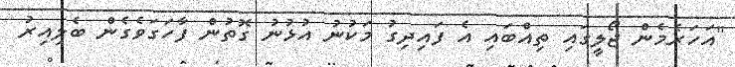
"އަހަރެމެން ޖޯލީގައި ތިއްބައި އެ ފައިދިގު މަކުނު އުޅުނު ގޮތުން ފާހަގަވެގެން ބެލިއިރު